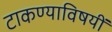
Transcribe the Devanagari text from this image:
टाकण्याविषयीं